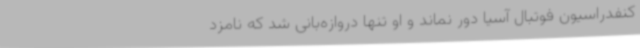
کنفدراسیون فوتبال آسیا دور نماند و او تنها دروازه‌بانی شد که نامزد